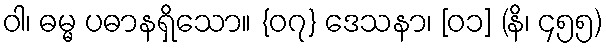
ဝါ၊ ဓမ္မ ပဓာနရှိသော။ {၀၇} ဒေသနာ၊ [၀၁] (နိ၊ ၄၅၅)